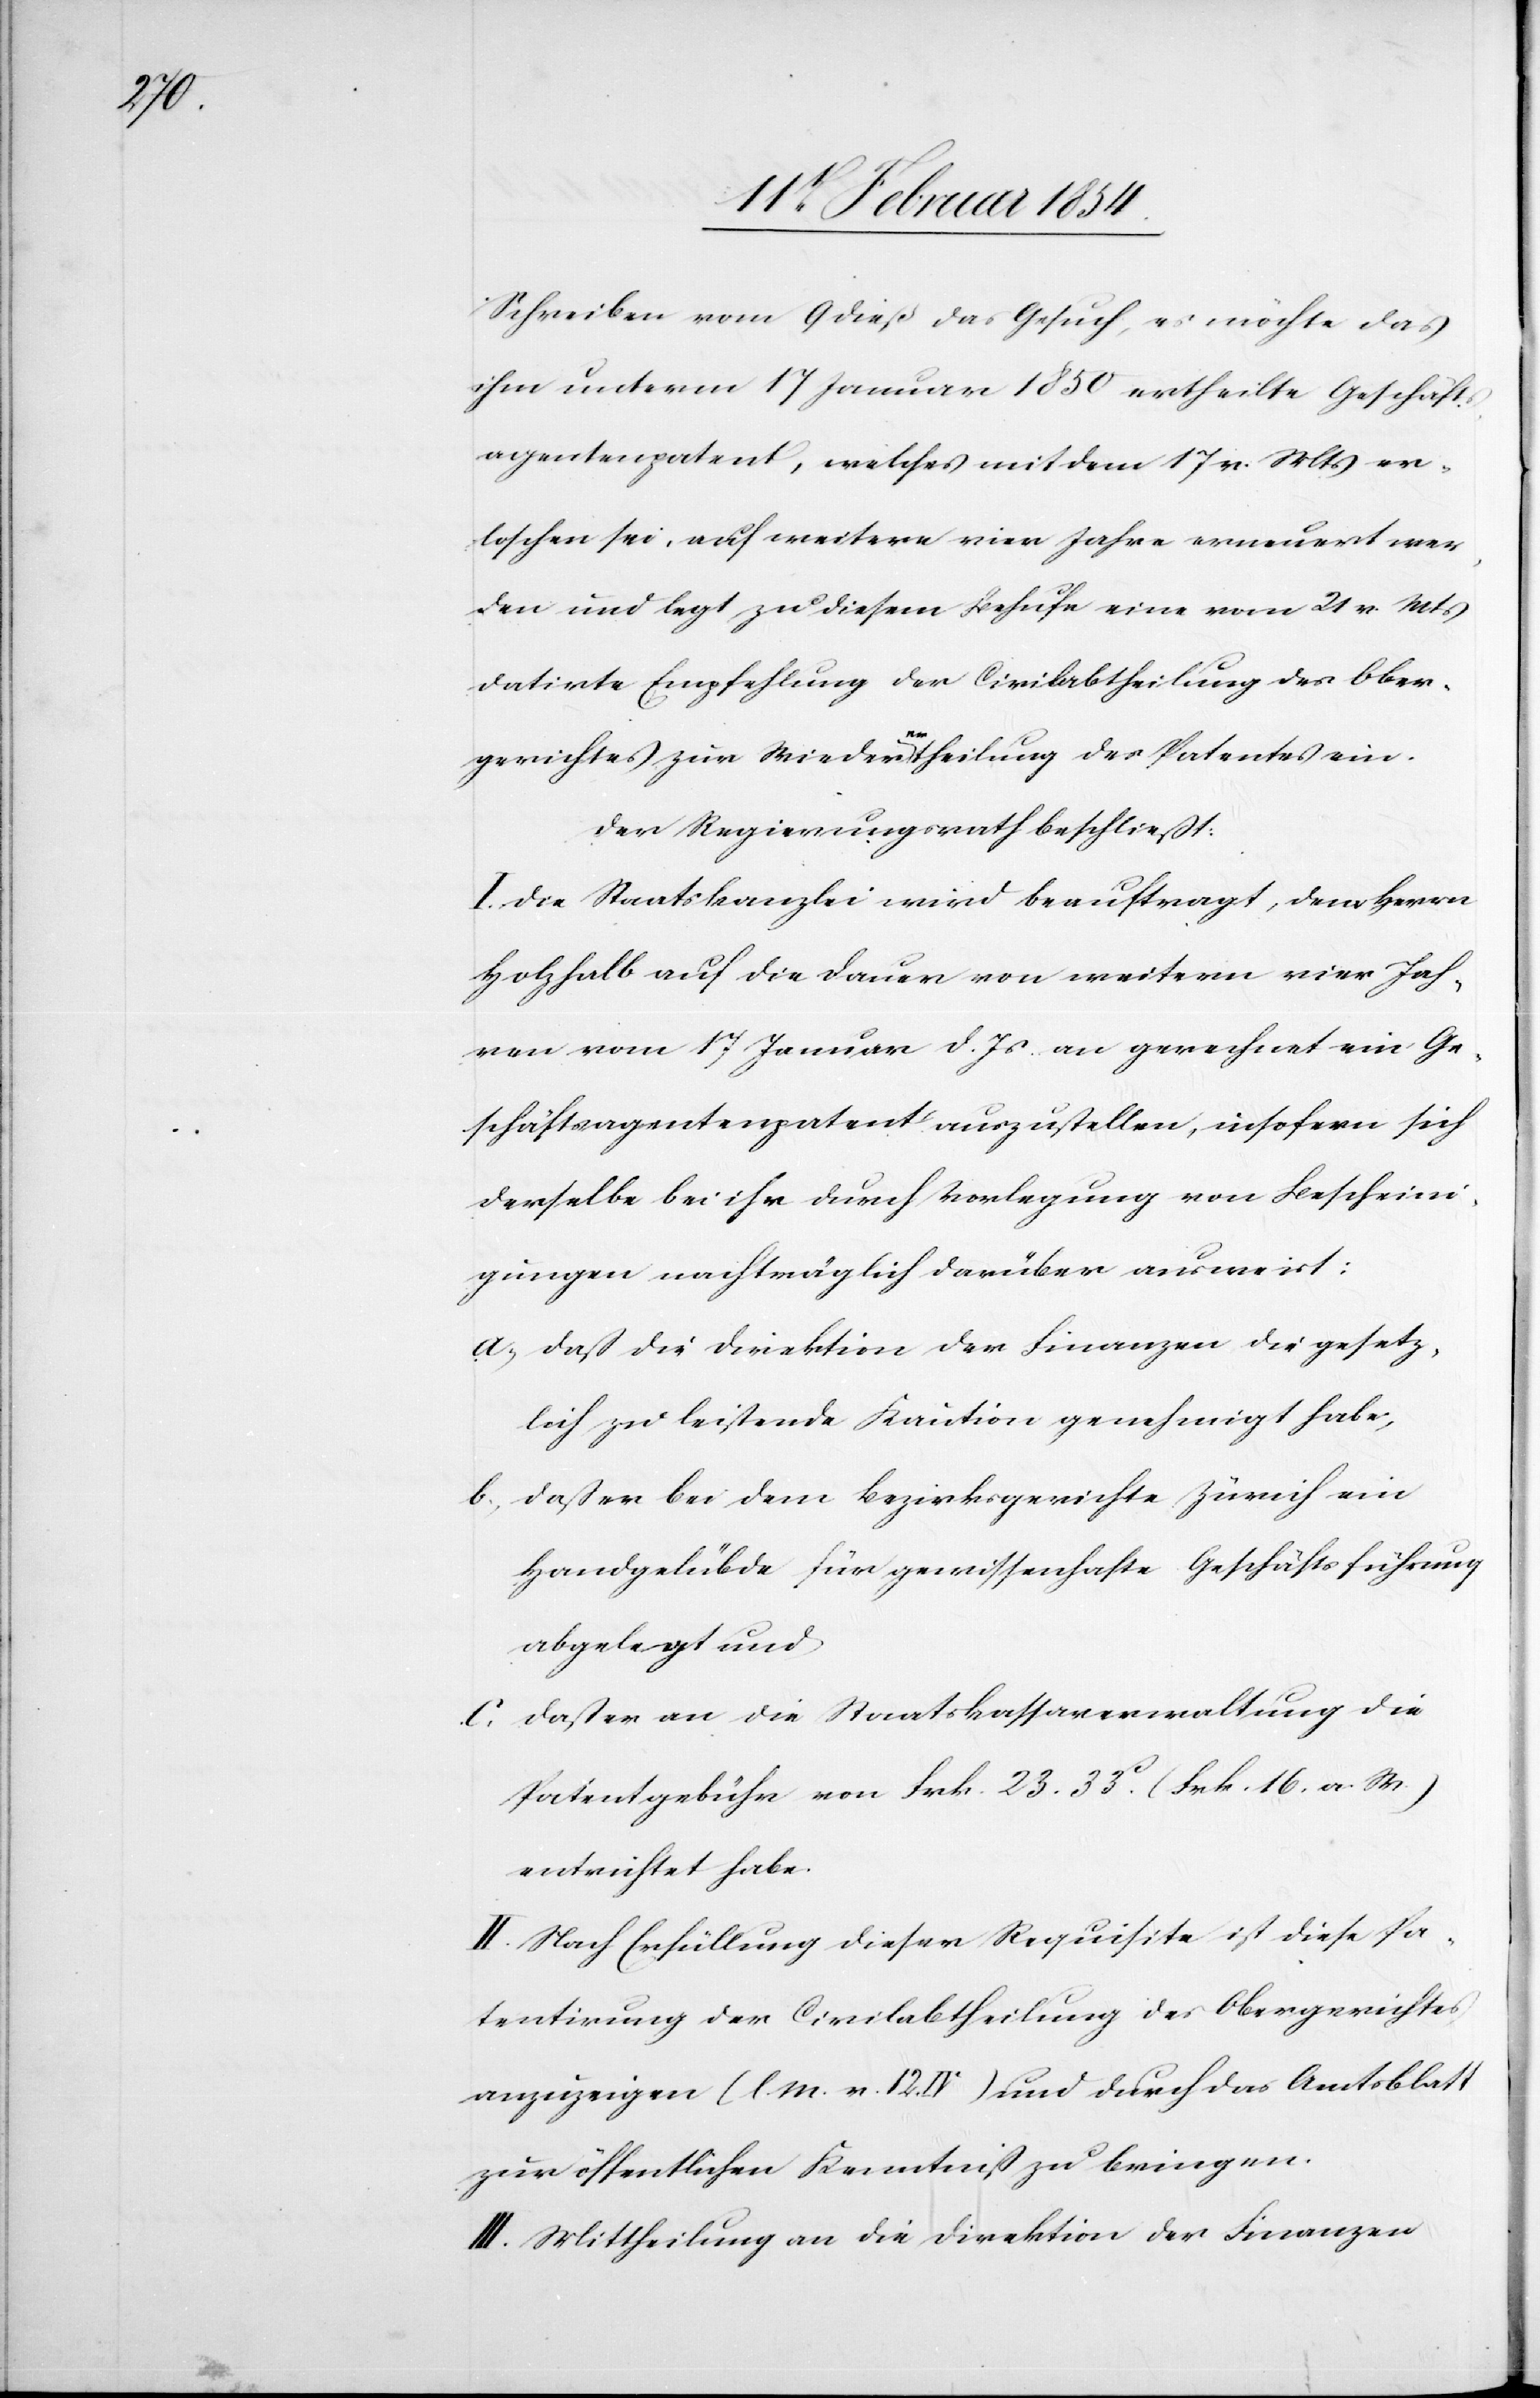
Schreiben vom 9 dieß das Gesuch, es möchte das
ihm unterm 17 Januar 1850 ertheilte Geschäfts¬
agentenpatent, welches mit dem 17 v. Mts er¬
loschen sei, auf weitere vier Jahre erneuert wer¬
den und legt zu diesem Behufe eine vom 21 v. Mts
datirte Empfehlung der Civilabtheilung des Ober¬
gerichtes zur Wiedera-er-atheilung des Patentens ein.
Der Regierungsrath beschließt:
I. Die Staatskanzlei wird beauftragt, dem Herrn
Holzhalb auf die Dauer von weitern vier Jah¬
ren vom 17 Januar d. Js. an gerechnet ein Ge¬
schäftsagentenpatent auszustellen, insofern sich
derselbe bei ihr durch Vorlegung von Bescheini¬
gungen nachträglich darüber ausweist:
A. daß die Direktion der Finanzen die gesetz¬
lich zu leistende Kaution genehmigt habe,
B. daß er bei dem Bezirksgerichte Zürich ein
Handgelübde für gewissenhafte Geschäftsführung
abgelegt und
C. dass er an die Staatskassenverwaltung die
Patentgebühr von Frk. 23.33.c (Frk. 16. a. W.)
entrichtet habe.
II. Nach Erfüllung dieser Requisite ist diese Pa¬
tentirung der Civilabtheilung des Obergerichtes
anzuzeigen (l. M. v.12. IV) und durch das Amtsblatt
zur öffentlichen Kenntniß zu bringen.
III. Mittheilung an die Direktion der Finanzen